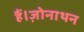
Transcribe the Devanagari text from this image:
हैं।ज़ोनाथन